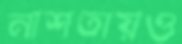
নাশতায়ও